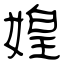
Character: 媓